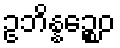
ဥဘိန္နဉ္စေဝ